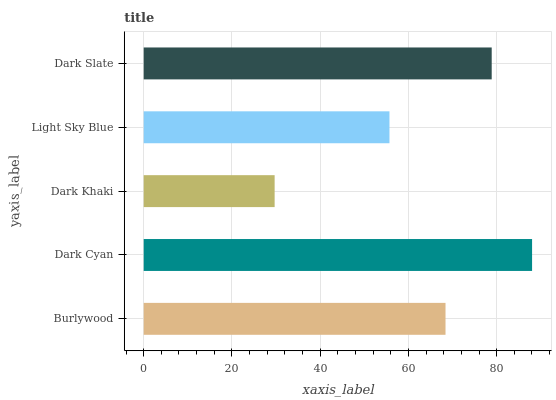
| yaxis_label | bars |
 | --- | --- |
 | Burlywood | 68.4 |
 | Dark Cyan | 88 |
 | Dark Khaki | 29.7 |
 | Light Sky Blue | 55.7 |
 | Dark Slate | 78.9 |